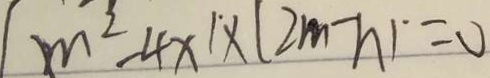
m ^ { 2 } - 4 x ^ { 1 } \times ( 2 m - n ) = 0